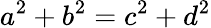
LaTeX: a^{2}+b^{2}=c^{2}+d^{2}